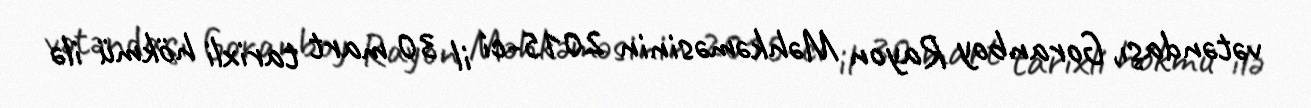
vətəndaşı, Goranboy Rayon Məhkəməsinin 2015-ci il 30 mart tarixli hökmü ilə